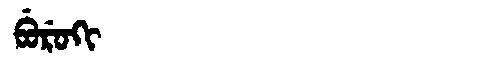
Manchu: ᠪᡠᡵᡠᡴᡳ
Romanization: BURUKI